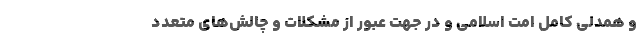
و همدلی کامل امّت اسلامی و در جهت عبور از مشکلات و چالش‌های متعدد